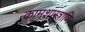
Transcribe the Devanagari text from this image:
कामशास्त्राणि